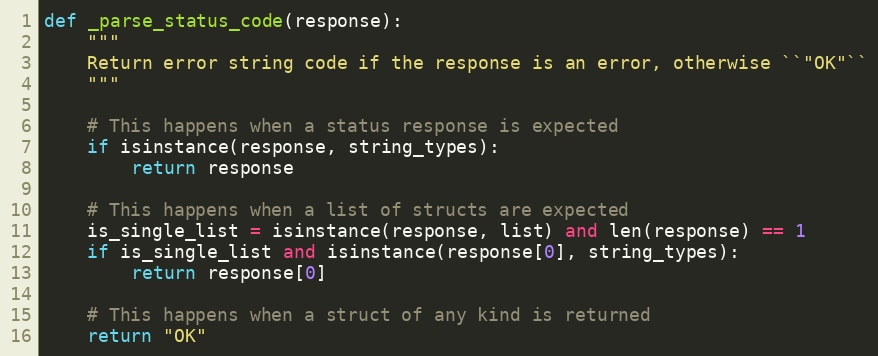
Language: Python
def _parse_status_code(response):
    """
    Return error string code if the response is an error, otherwise ``"OK"``
    """

    # This happens when a status response is expected
    if isinstance(response, string_types):
        return response

    # This happens when a list of structs are expected
    is_single_list = isinstance(response, list) and len(response) == 1
    if is_single_list and isinstance(response[0], string_types):
        return response[0]

    # This happens when a struct of any kind is returned
    return "OK"